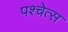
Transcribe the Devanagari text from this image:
पश्चेत्स